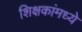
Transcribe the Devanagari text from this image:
शिक्षकांमध्ये